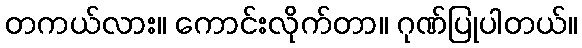
တကယ်လား။ ကောင်းလိုက်တာ။ ဂုဏ်ပြုပါတယ်။